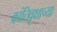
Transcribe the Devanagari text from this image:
क्रांतिवृक्षाच्या